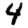
Digit: 4